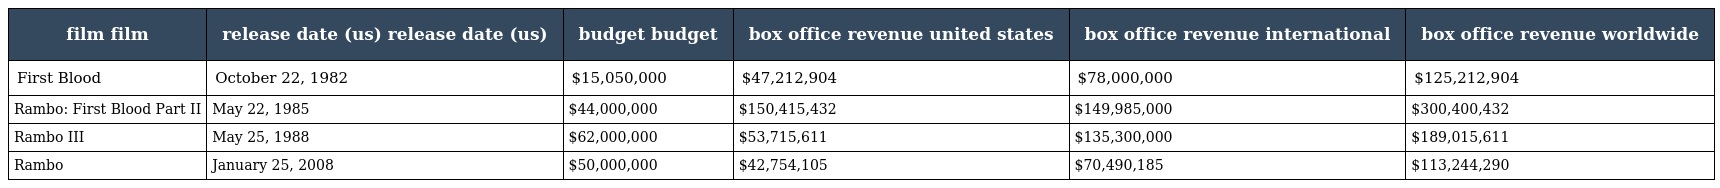
| film film | release date (us) release date (us) | budget budget | box office revenue united states | box office revenue international | box office revenue worldwide |
 | --- | --- | --- | --- | --- | --- |
 | First Blood | October 22, 1982 | $15,050,000 | $47,212,904 | $78,000,000 | $125,212,904 |
 | Rambo: First Blood Part II | May 22, 1985 | $44,000,000 | $150,415,432 | $149,985,000 | $300,400,432 |
 | Rambo III | May 25, 1988 | $62,000,000 | $53,715,611 | $135,300,000 | $189,015,611 |
 | Rambo | January 25, 2008 | $50,000,000 | $42,754,105 | $70,490,185 | $113,244,290 |